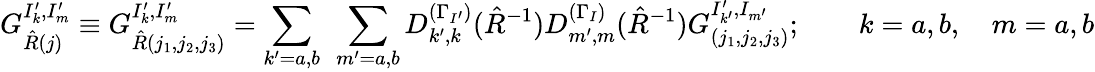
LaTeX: G_{\hat{R}(j)}^{I_{k}^{\prime},I_{m}^{\prime}}\equiv G_{\hat{R}(j_{1},j_{2},j_{3})}^{I_{k}^{\prime},I_{m}^{\prime}}=\sum_{k^{\prime}=a,b}~\sum_{m^{\prime}=a,b}D_{k^{\prime},k}^{(\Gamma_{I^{\prime}})}(\hat{R}^{-1})D_{m^{\prime},m}^{(\Gamma_{I})}(\hat{R}^{-1})G_{(j_{1},j_{2},j_{3})}^{I_{k^{\prime}}^{\prime},I_{m^{\prime}}};\qquad k=a,b,\quad m=a,b